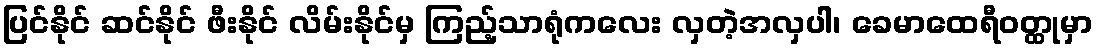
ပြင်နိုင် ဆင်နိုင် ဖီးနိုင် လိမ်းနိုင်မှ ကြည့်သာရုံကလေး လှတဲ့အလှပါ၊ ခေမာထေရီဝတ္ထုမှာ